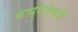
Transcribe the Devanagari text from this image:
काव्याऐवजी